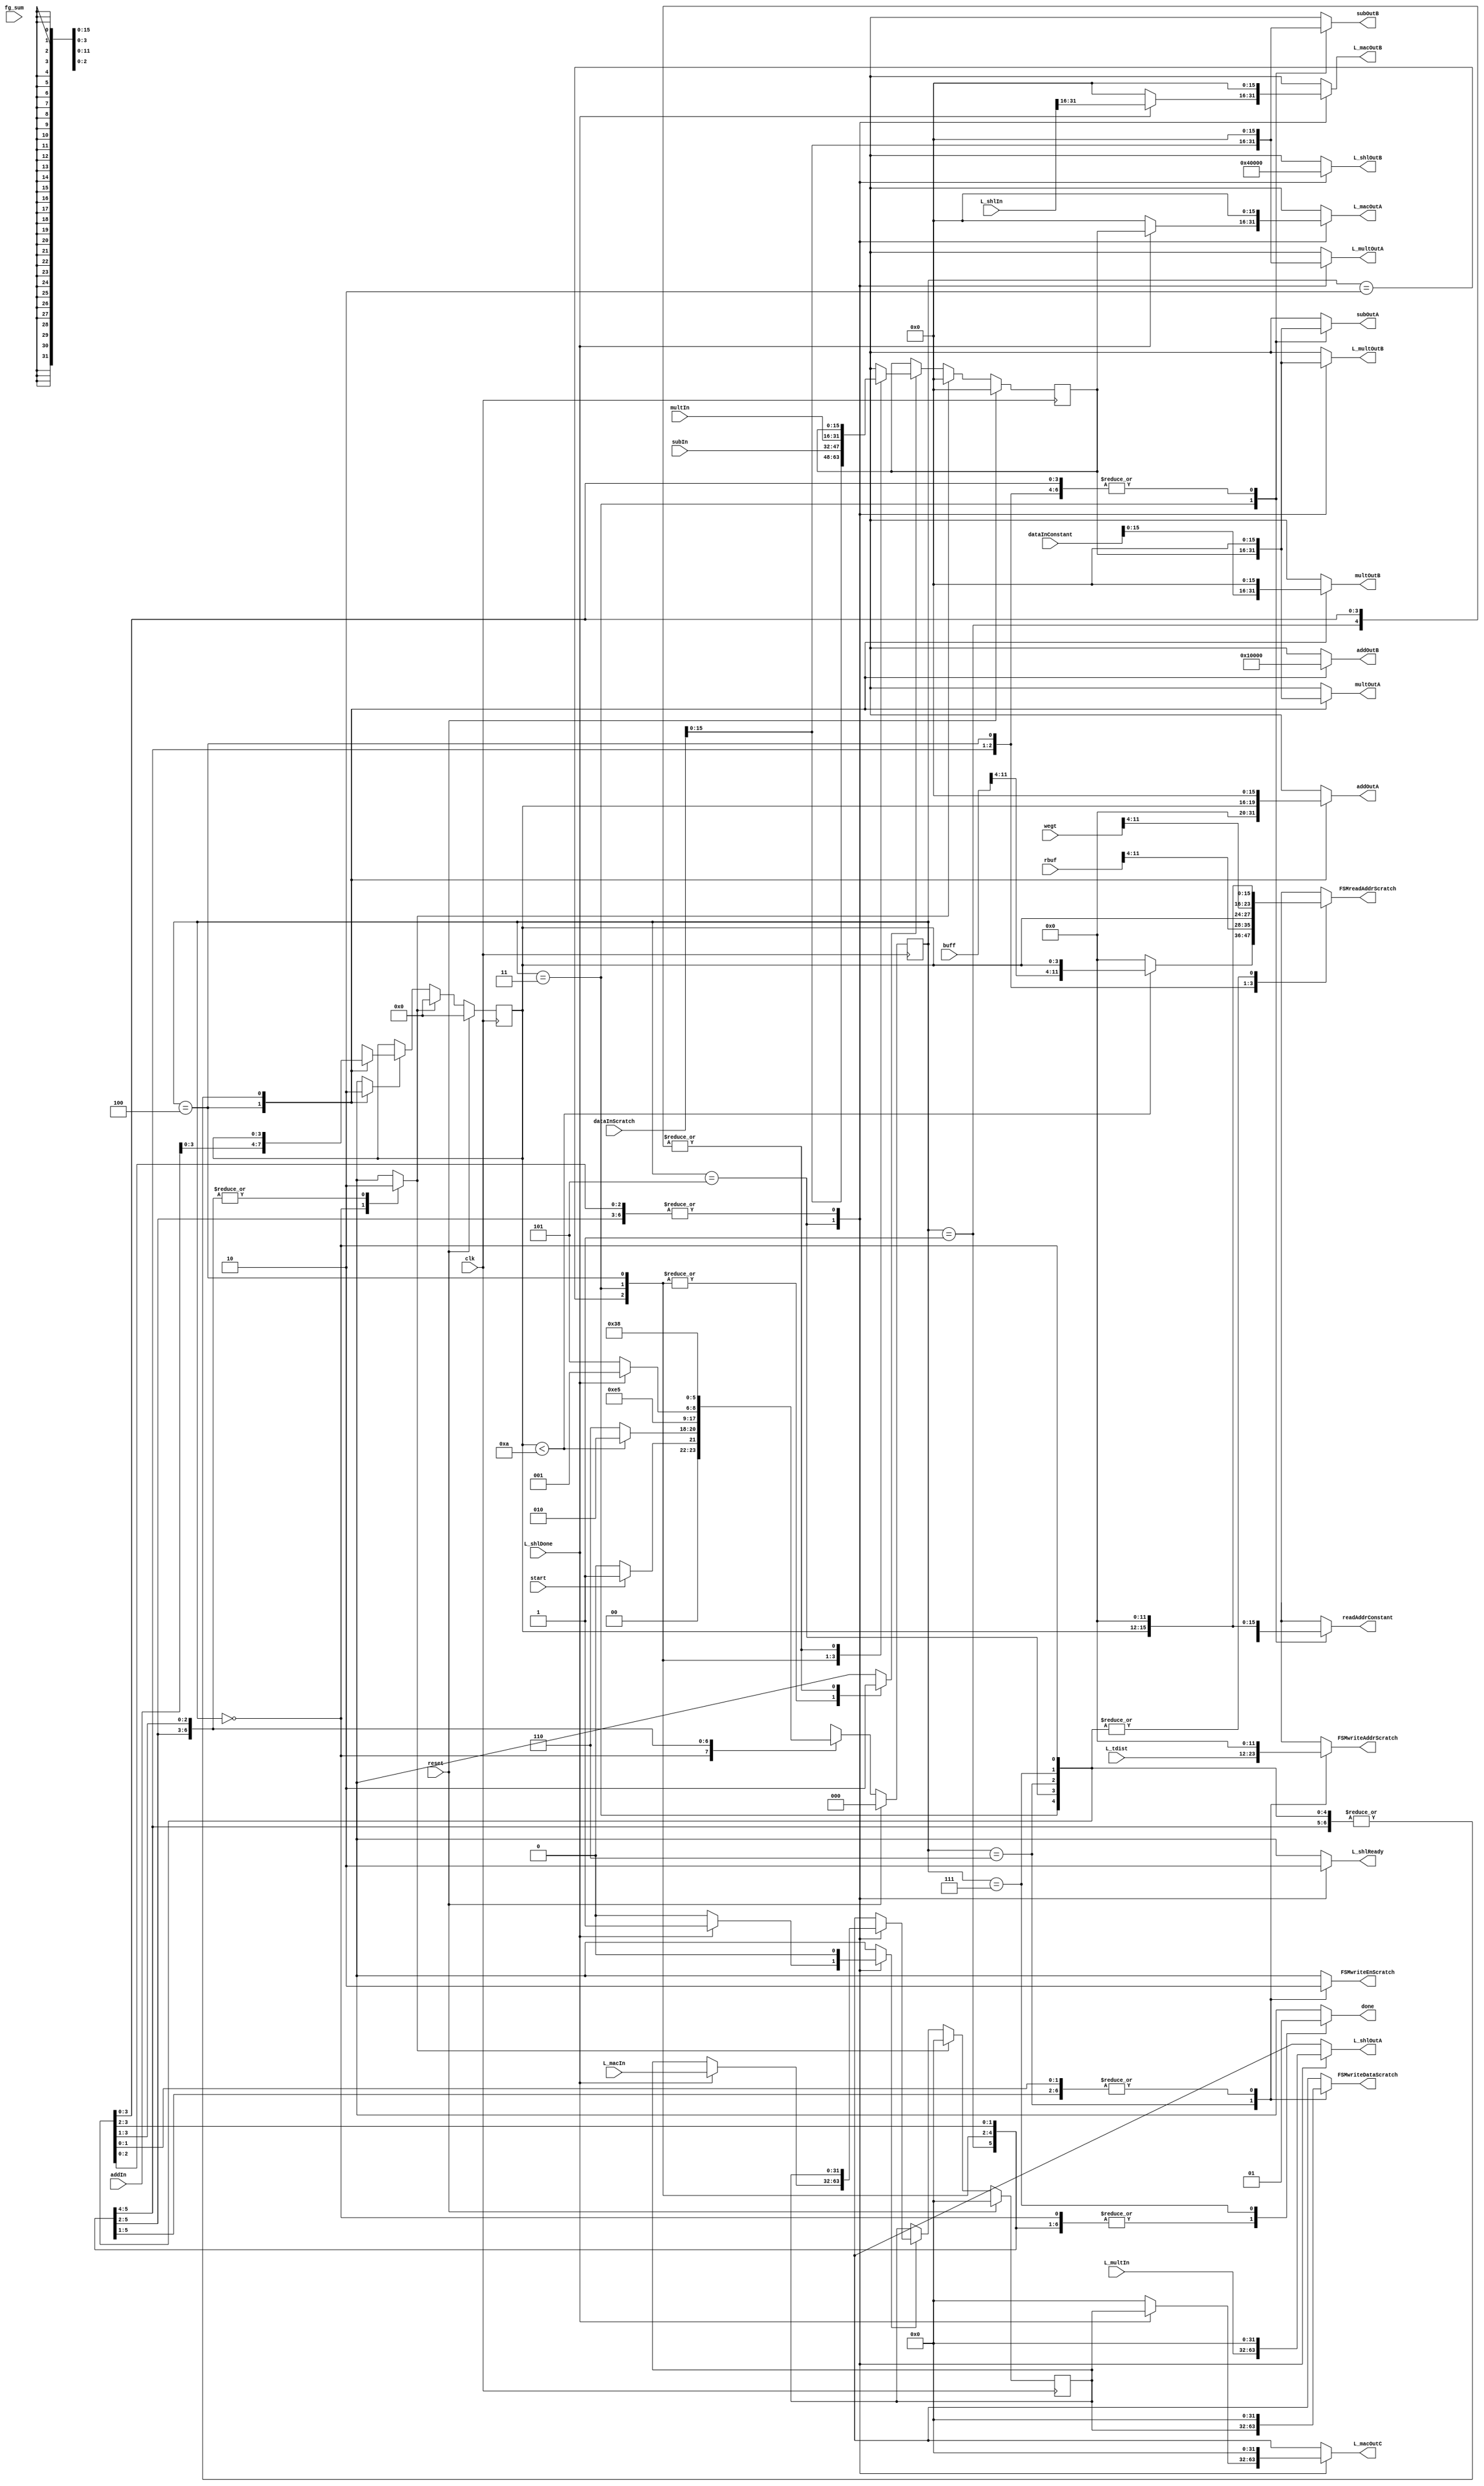
module Lsp_get_tdist(
	input clk,
	input reset,
	input start,
	input [11:0] wegt,
	input [11:0] buff,
	input [11:0] L_tdist,
	input [11:0] rbuf,
	input [11:0] fg_sum,
	input [15:0] subIn,
	input [15:0] multIn,
	input [31:0] L_multIn,
	input [31:0] L_shlIn,
	input L_shlDone,
	input [31:0] L_macIn,
	input [15:0] addIn,
	input [31:0] dataInScratch,
	input [31:0] dataInConstant,
	
	output reg [15:0] subOutA,
	output reg [15:0] subOutB,
	output reg [15:0] multOutA,
	output reg [15:0] multOutB,
	output reg [15:0] L_multOutA,
	output reg [15:0] L_multOutB,
	output reg [31:0] L_shlOutA,
	output reg [15:0] L_shlOutB,
	output reg L_shlReady,
	output reg [15:0] L_macOutA,
	output reg [15:0] L_macOutB,
	output reg [31:0] L_macOutC,
	output reg [15:0] addOutA,
	output reg [15:0] addOutB,
	output reg [11:0] FSMwriteAddrScratch,
	output reg [31:0] FSMwriteDataScratch,
	output reg FSMwriteEnScratch,
	output reg [11:0] FSMreadAddrScratch,
	output reg [11:0] readAddrConstant,
	output reg done	
   );
	 
	parameter S0_INIT = 4'd0;
	parameter S1_FOR = 4'd1;
	parameter S2_SUB1 = 4'd2;
	parameter S3_SUB2 = 4'd3;
	parameter S4_MULT = 4'd4;
	parameter S5_LMULT_LSHL = 4'd5;
	parameter S6_LTDIST = 4'd6;
	parameter S7_DONE = 4'd7;
	parameter M = 4'd10;

	//regs
	reg [2:0] state, nextstate;
	reg [3:0] J, nextJ;
	reg resetJ, ldJ;
	reg [15:0] tmp, nexttmp;
	reg resettmp, ldtmp;
	reg [31:0] L_tdist_flop, nextL_tdist_flop;
	reg resetL_tdist_flop, ldL_tdist_flop;
	
	
	//Flops
	//state
	always @ (posedge clk)
	begin
		if (reset)
			state <= 0;
		else
			state <= nextstate;
	end

	//J
	always @ (posedge clk)
	begin
		if (reset)
			J <= 0;
		else if (resetJ)
			J <= 0;
		else if (ldJ)
			J <= nextJ;
	end
	
	//tmp
	always @ (posedge clk)
	begin
		if (reset)
			tmp <= 0;
		else if (resettmp)
			tmp <= 0;
		else if (ldtmp)
			tmp <= nexttmp;
	end
	
	//L_tdist_flop
	always @ (posedge clk)
	begin
		if (reset)
			L_tdist_flop <= 0;
		else if (resetL_tdist_flop)
			L_tdist_flop <= 0;
		else if (ldL_tdist_flop)
			L_tdist_flop <= nextL_tdist_flop;
	end

	always @ (*)
	begin
		//set outputs to default
		nextstate = state;
		nextJ = J;
		resetJ = 0;
		ldJ = 0;
		nexttmp = tmp;
		resettmp = 0;
		ldtmp = 0;
		nextL_tdist_flop = L_tdist_flop;
		resetL_tdist_flop = 0;
		ldL_tdist_flop = 0;
		subOutA = 0;
		subOutB = 0;
		multOutA = 0;
		multOutB = 0;
		L_multOutA = 0;
		L_multOutB = 0;
		L_shlOutA = 0;
		L_shlOutB = 0;
		L_shlReady = 0;
		L_macOutA = 0;
		L_macOutB = 0;
		L_macOutC = 0;
		addOutA = 0;
		addOutB = 0;
		FSMwriteAddrScratch = 0;
		FSMwriteDataScratch = 0;
		FSMwriteEnScratch = 0;
		FSMreadAddrScratch = 0;
		readAddrConstant = 0;
		done = 0;
		case (state)
			S0_INIT:
			begin
				//reset flops L_tdist, J, L_acc
				resetJ = 1;
				resettmp = 1;
				resetL_tdist_flop = 1;
				if(start)
					nextstate = S1_FOR;
				else
					nextstate = S0_INIT;
			end
			S1_FOR:
			begin
				if(J < M)
				begin
					FSMreadAddrScratch = {buff[11:4], J[3:0]};
					nextstate = S2_SUB1;
				end
				else
					nextstate = S6_LTDIST;
			end
			S2_SUB1:
			begin
				FSMreadAddrScratch = {rbuf[11:4], J[3:0]};
				nexttmp = dataInScratch;
				ldtmp = 1;
				nextstate = S3_SUB2;
			end
			S3_SUB2:
			begin
				readAddrConstant = {fg_sum[11:4], J[3:0]};
				subOutA = tmp;
				subOutB = dataInScratch;
				nexttmp = subIn;
				ldtmp = 1;
				nextstate = S4_MULT;
			end
			S4_MULT:
			begin
				FSMreadAddrScratch = {wegt[11:4], J[3:0]};
				multOutA = tmp;
				multOutB = dataInConstant;
				nexttmp = multIn;
				ldtmp = 1;
				addOutA = {12'd0, J[3:0]};
				addOutB = 16'd1;
				nextJ = addIn;
				ldJ = 1;
				nextstate = S5_LMULT_LSHL;
			end
			S5_LMULT_LSHL:
			begin
				L_multOutA = dataInScratch;
				L_multOutB = tmp;
				L_shlOutA = L_multIn;
				L_shlOutB = 16'd4;
				L_shlReady = 1;
				if(L_shlDone)
				begin
					L_macOutA = tmp;
					L_macOutB = L_shlIn[31:16];
					L_macOutC = L_tdist_flop;
					nextL_tdist_flop = L_macIn;
					ldL_tdist_flop = 1;
					nextstate = S1_FOR;
				end
				else
					nextstate = S5_LMULT_LSHL;
			end
			S6_LTDIST:
			begin
				FSMwriteAddrScratch = L_tdist;
				FSMwriteDataScratch = L_tdist_flop;
				FSMwriteEnScratch = 1;
				nextstate = S7_DONE;
			end
			S7_DONE:
			begin
				done = 1;
				nextstate = S0_INIT;
			end
			default:
				nextstate = S0_INIT;
		endcase
	end


endmodule